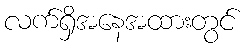
လက်ရှိအနေအထားတွင်